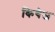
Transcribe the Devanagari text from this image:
कियेज